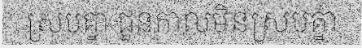
ស្របគ្នា ជួនកាលមិនស្របគ្នា